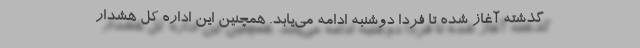
گذشته آغاز شده تا فردا دوشنبه ادامه می‌یابد. همچنین این اداره کل هشدار